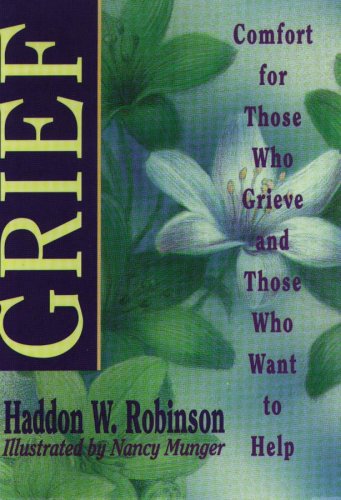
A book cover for GRIEF; Haddon W. Robinson; Christian Books & Bibles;